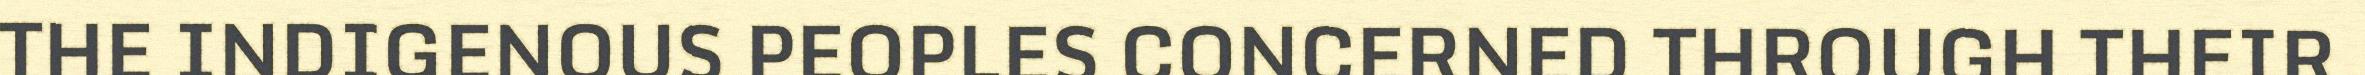
THE INDIGENOUS PEOPLES CONCERNED THROUGH THEIR